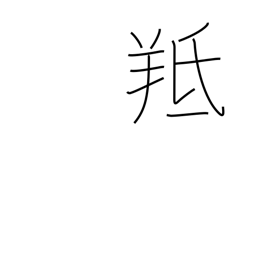
Meaning: male sheep